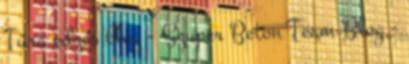
Túra edzés blog - Szuper Beton Team Blog -